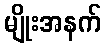
မျိုးအနက်